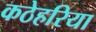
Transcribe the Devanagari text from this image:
कठेहरिया